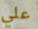
علي